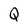
Character: Q